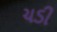
ચડી